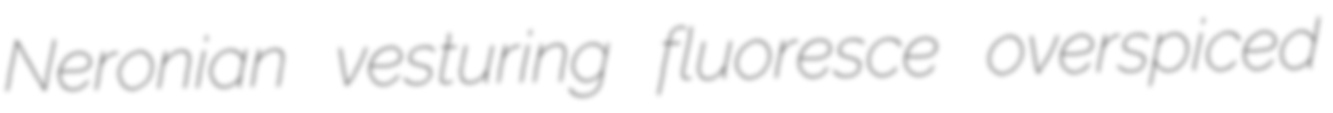
Neronian vesturing fluoresce overspiced